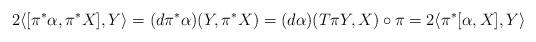
LaTeX: \begin{align*}2\langle[\pi^*\alpha,\pi^*X], Y\rangle=(d\pi^*\alpha)(Y,\pi^*X)=(d\alpha)(T{\pi}Y,X)\circ\pi=2\langle\pi^*[\alpha,X], Y\rangle\end{align*}